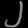
Digit: ၂